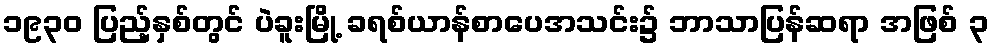
၁၉၃၀ ပြည့်နှစ်တွင် ပဲခူးမြို့ ခရစ်ယာန်စာပေအသင်း၌ ဘာသာပြန်ဆရာ အဖြစ် ၃